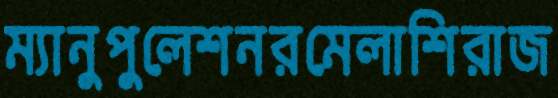
ম্যানুপুলেশনরমেলাশিরাজ